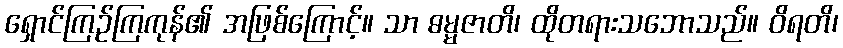
ရှောင်ကြဉ်ကြကုန်၏ အဖြစ်ကြောင့်။ သာ ဓမ္မဇာတိ၊ ထိုတရားသဘောသည်။ ဝိရတိ၊